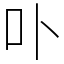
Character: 卟